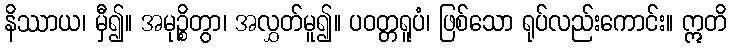
နိဿာယ၊ မှီ၍။ အမုဉ္စိတွာ၊ အလွှတ်မူ၍။ ပဝတ္တရူပံ၊ ဖြစ်သော ရုပ်လည်းကောင်း။ ဣတိ